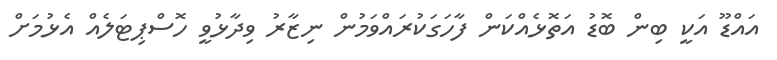
އައްޑޫ އަކީ ބިން ބޮޑު އަތޮޅެއްކަން ފާހަގަކުރައްވަމުން ނިޒާރު ވިދާޅުވީ ހޮސްޕިޓަލެއް އެޅުމަށް